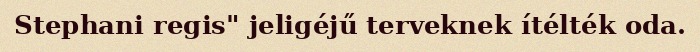
Stephani regis" jeligéjű terveknek ítélték oda.